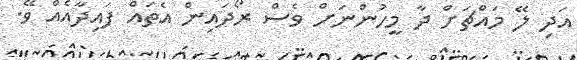
އަދި ލޭ މައްޗަށް ދާ މީހުންނަށް ވެސް ރޯދައިން އެތައް ފައިދާއެއް ވޭ.